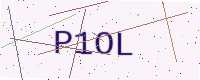
Text: P1OL